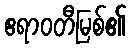
ဧရာဝတီမြစ်၏